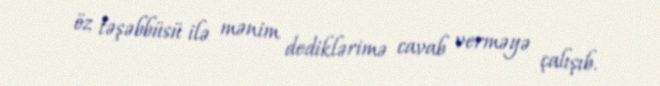
öz təşəbbüsü ilə mənim dediklərimə cavab verməyə çalışıb.